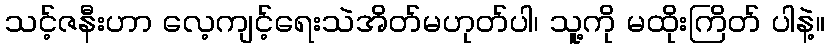
သင့်ဇနီးဟာ လေ့ကျင့်ရေးသဲအိတ်မဟုတ်ပါ၊ သူ့ကို မထိုးကြိတ် ပါနဲ့။